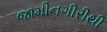
જામીનગીરીથી